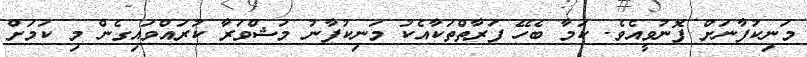
މަނިކުފާނަށް ފޮނުވީއެވެ. ކަމާ ބެހޭ ފަރާތްތަކާއެކު މަނިކުފާނު މަޝްވަރާ ކުރައްވައިގެން މި ކަމަށް